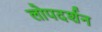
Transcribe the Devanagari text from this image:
लोपदर्शन